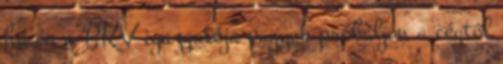
ha én a BKV igazgatója vagyok próbáljon a cégtől